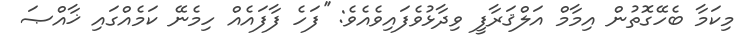
މިކަމާ ބެހޭގޮތުން އިމާމް އަލްޤަރާފީ ވިދާޅުވެފައިވެއެވެ: ''ފަހެ ފާފައެއް ހިމެނޭ ކަމެއްގައި ޚާއްޞަ